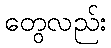
တွေလည်း